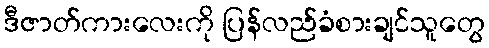
ဒီဇာတ်ကားလေးကို ပြန်လည်ခံစားချင်သူတွေ